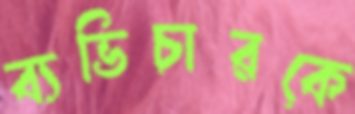
ব্যভিচারকে